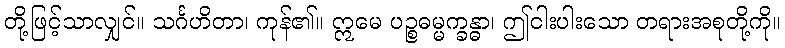
တို့ဖြင့်သာလျှင်။ သင်္ဂဟိတာ၊ ကုန်၏။ ဣမေ ပဉ္စဓမ္မက္ခန္ဓာ၊ ဤငါးပါးသော တရားအစုတို့ကို။